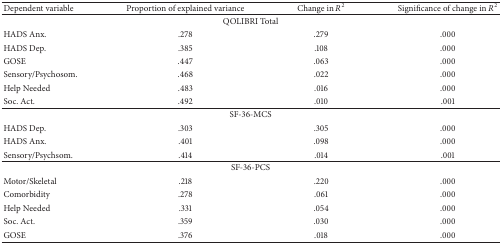
| Dependent variable | Proportion of explained variance | Change in R2 | Significance of change in R2 |
 | --- | --- | --- | --- |
 | <COLSPAN=4> QOLIBRI Total |
 | HADS Anx. | .278 | .279 | .000 |
 | HADS Dep. | .385 | .108 | .000 |
 | GOSE | .447 | .063 | .000 |
 | Sensory/Psychosom. | .468 | .022 | .000 |
 | Help Needed | .483 | .016 | .000 |
 | Soc. Act. | .492 | .010 | .001 |
 | <COLSPAN=4> SF-36-MCS |
 | HADS Dep. | .303 | .305 | .000 |
 | HADS Anx. | .401 | .098 | .000 |
 | Sensory/Psychsom. | .414 | .014 | .001 |
 | <COLSPAN=4> SF-36-PCS |
 | Motor/Skeletal | .218 | .220 | .000 |
 | Comorbidity | .278 | .061 | .000 |
 | Help Needed | .331 | .054 | .000 |
 | Soc. Act. | .359 | .030 | .000 |
 | GOSE | .376 | .018 | .000 |